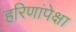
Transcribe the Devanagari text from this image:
हरिणांपेक्षा